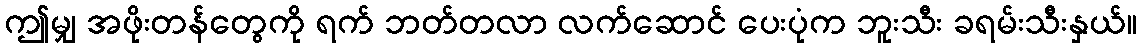
ဤမျှ အဖိုးတန်တွေကို ရက် ဘတ်တလာ လက်ဆောင် ပေးပုံက ဘူးသီး ခရမ်းသီးနှယ်။